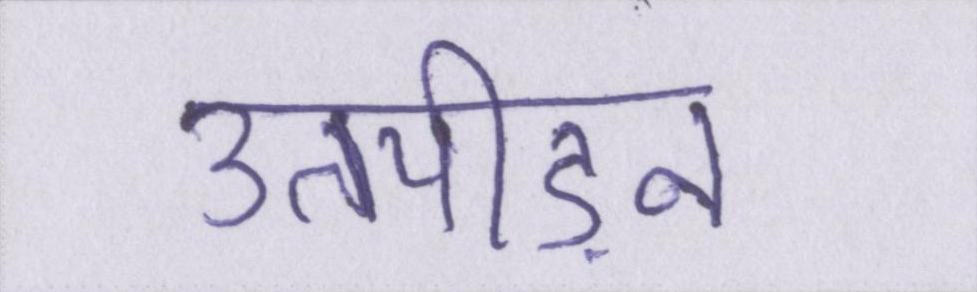
उतपीड़न